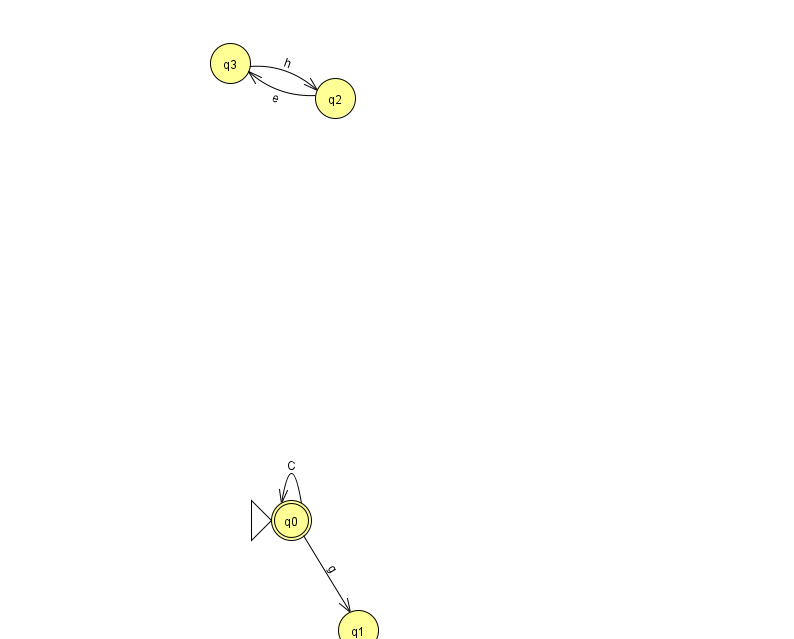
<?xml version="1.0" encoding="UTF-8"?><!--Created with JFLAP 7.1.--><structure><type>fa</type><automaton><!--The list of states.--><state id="0" name="q0"><x>291.0</x><y>507.0</y><initial/><final/></state><state id="1" name="q1"><x>358.0</x><y>617.0</y></state><state id="2" name="q2"><x>335.0</x><y>85.0</y></state><state id="3" name="q3"><x>230.0</x><y>50.0</y></state><!--The list of transitions.--><transition><from>0</from><to>1</to><read>g</read></transition><transition><from>0</from><to>0</to><read>C</read></transition><transition><from>3</from><to>2</to><read>h</read></transition><transition><from>2</from><to>3</to><read>e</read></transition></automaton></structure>